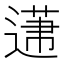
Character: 𨕤